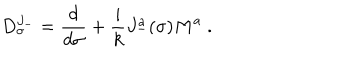
D _ { \sigma } ^ { J _ { - } } = \frac { d } { d \sigma } + \frac { i } { k } J _ { - } ^ { a } ( \sigma ) M ^ { a } ~ .